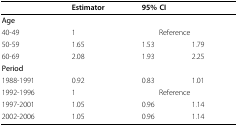
|  | Estimator | <COLSPAN=2> 95% CI |
 | --- | --- | --- | --- |
 | Age |  |  |  |
 | 40-49 | 1 | <COLSPAN=2> Reference |
 | 50-59 | 1.65 | 1.53 | 1.79 |
 | 60-69 | 2.08 | 1.93 | 2.25 |
 | Period |  |  |  |
 | 1988-1991 | 0.92 | 0.83 | 1.01 |
 | 1992-1996 | 1 | <COLSPAN=2> Reference |
 | 1997-2001 | 1.05 | 0.96 | 1.14 |
 | 2002-2006 | 1.05 | 0.96 | 1.14 |